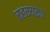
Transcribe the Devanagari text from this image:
रहस्यरूप